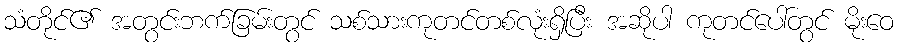
သံတိုင်၏ အတွင်းဘက်ခြမ်းတွင် သစ်သားကုတင်တစ်လုံးရှိပြီး အဆိုပါ ကုတင်ပေါ်တွင် မိုးဝေ